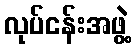
လုပ်ငန်းအဖွဲ့